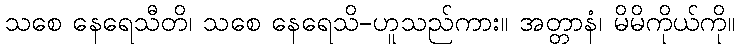
သစေ နေရေသီတိ၊ သစေ နေရေသိ-ဟူသည်ကား။ အတ္တာနံ၊ မိမိကိုယ်ကို။